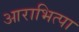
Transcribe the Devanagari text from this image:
आराभित्पा